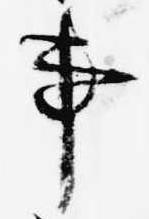
事